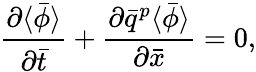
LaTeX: \frac{\partial\langle\bar{\phi}\rangle}{\partial\bar{t}}+\frac{\partial\bar{q}^{p}\langle\bar{\phi}\rangle}{\partial\bar{x}}=0,